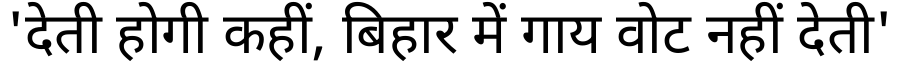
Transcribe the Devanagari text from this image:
'देती होगी कहीं, बिहार में गाय वोट नहीं देती'